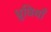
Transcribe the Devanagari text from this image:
ध्रुवियाँ